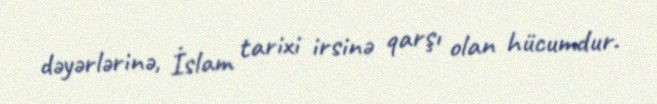
dəyərlərinə, İslam tarixi irsinə qarşı olan hücumdur.